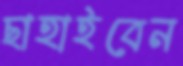
ছাহাইবেন